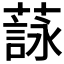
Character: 𦻑